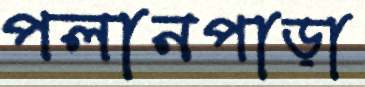
পলানপাড়া